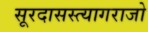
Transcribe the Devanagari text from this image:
सूरदासस्त्यागराजो